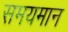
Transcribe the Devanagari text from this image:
समयमान